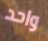
واحد